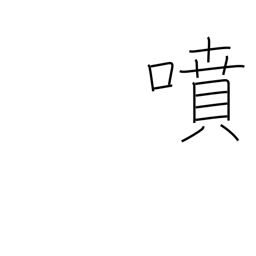
Meaning: spout